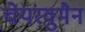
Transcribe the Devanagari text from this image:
चेयरवुमैन